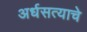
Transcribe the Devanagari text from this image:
अर्धसत्याचे